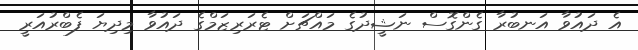
އެ ދައުވާ އަނބުރާ ގެންގޮސް ނަޝީދުގެ މައްޗަށް ޓެރަރިޒަމްގެ ދައުވާ މިދިޔަ ފެބްރުއަރީ